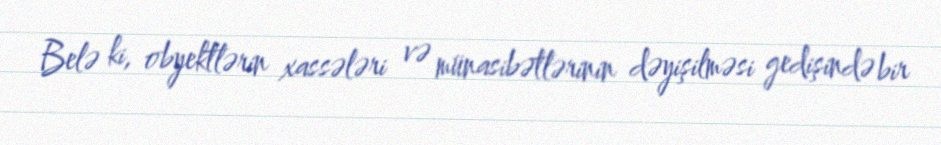
Belə ki, obyektlərin xassələri və münasibətlərinin dəyişilməsi gedişində bir